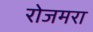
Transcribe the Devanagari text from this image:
रोजमरा